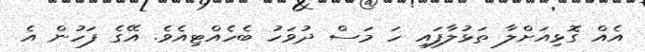
އެއް ގޮޅިއަށްލާ ތަޅުލާފައި ހަ މަސް ދުވަހު ބެހެއްޓިއެވެ. އޭގެ ފަހުން އެ